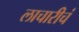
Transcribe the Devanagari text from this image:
लाचारीचं